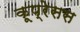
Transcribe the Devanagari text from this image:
कूप्रेसस